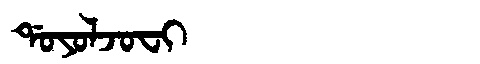
Manchu: ᡩᠣᠶᠣᠯᠵᠣᠸᡳ
Romanization: DOYOLJOFI